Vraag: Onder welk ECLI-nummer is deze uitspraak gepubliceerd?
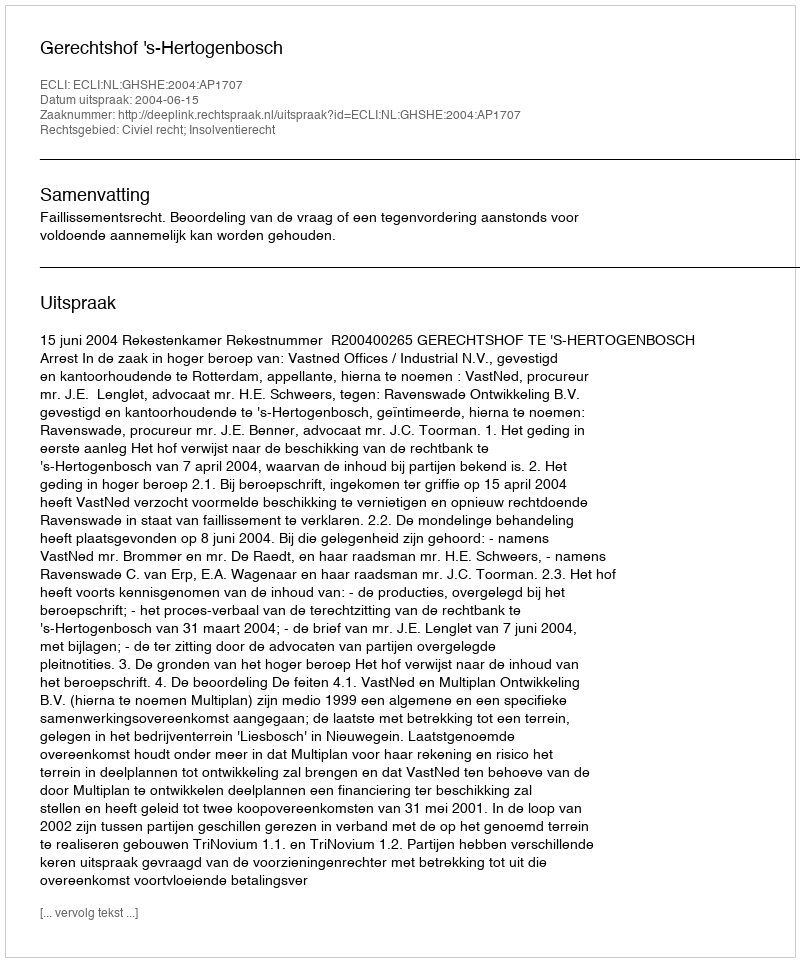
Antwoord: ECLI:NL:GHSHE:2004:AP1707